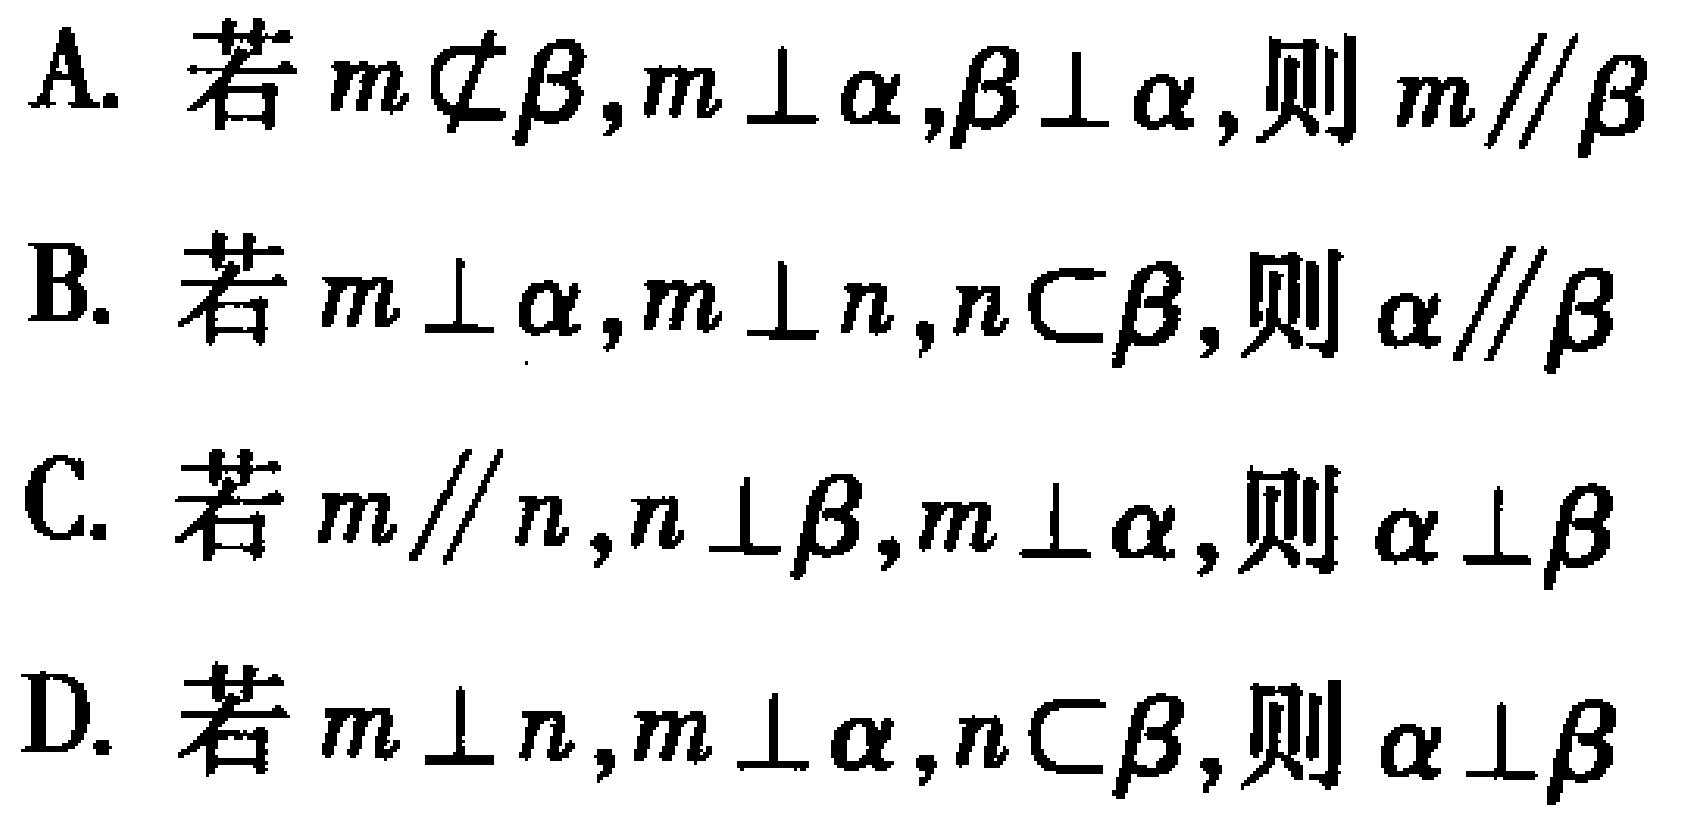
A. 若$m\nsubseteq\beta,m\perp\alpha,\beta\perp\alpha$,则$m\parallel\beta$
B. 若$m\perp\alpha,m\perp n,n\subset\beta$,则$\alpha\parallel\beta$
C. 若$m\parallel n,n\perp\beta,m\perp\alpha$,则$\alpha\perp\beta$
D. 若$m\perp n,m\perp\alpha,n\subset\beta$,则$\alpha\perp\beta$